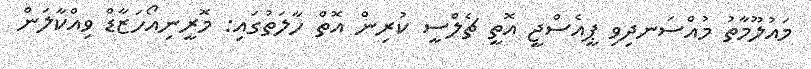
މައުލޫމާތު މުއްސަނދިވި ޕީއެސްޖީ އޮތީ ޗެލްސީ ކުރިން އޮތް ހާލަތުގައި: މޮރީނިއޯހަޒާޑް ވިއްކާލަން